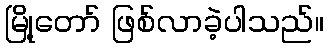
မြို့တော် ဖြစ်လာခဲ့ပါသည်။